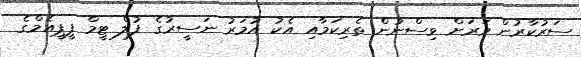
ސަރުކާރުން ވަރަށް ވިސްނުން ތެރިކަމާއި އެކު އުމަރު ނަސީރުގެ ފުލް ޓީމް ޕީޕީއެމްގެ